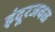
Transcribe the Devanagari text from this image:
इंदूरजवळ